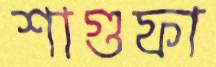
শাগুফা